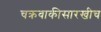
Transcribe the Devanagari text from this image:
चक्रवाकीसारखीच